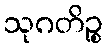
သုဂတိဉ္စ